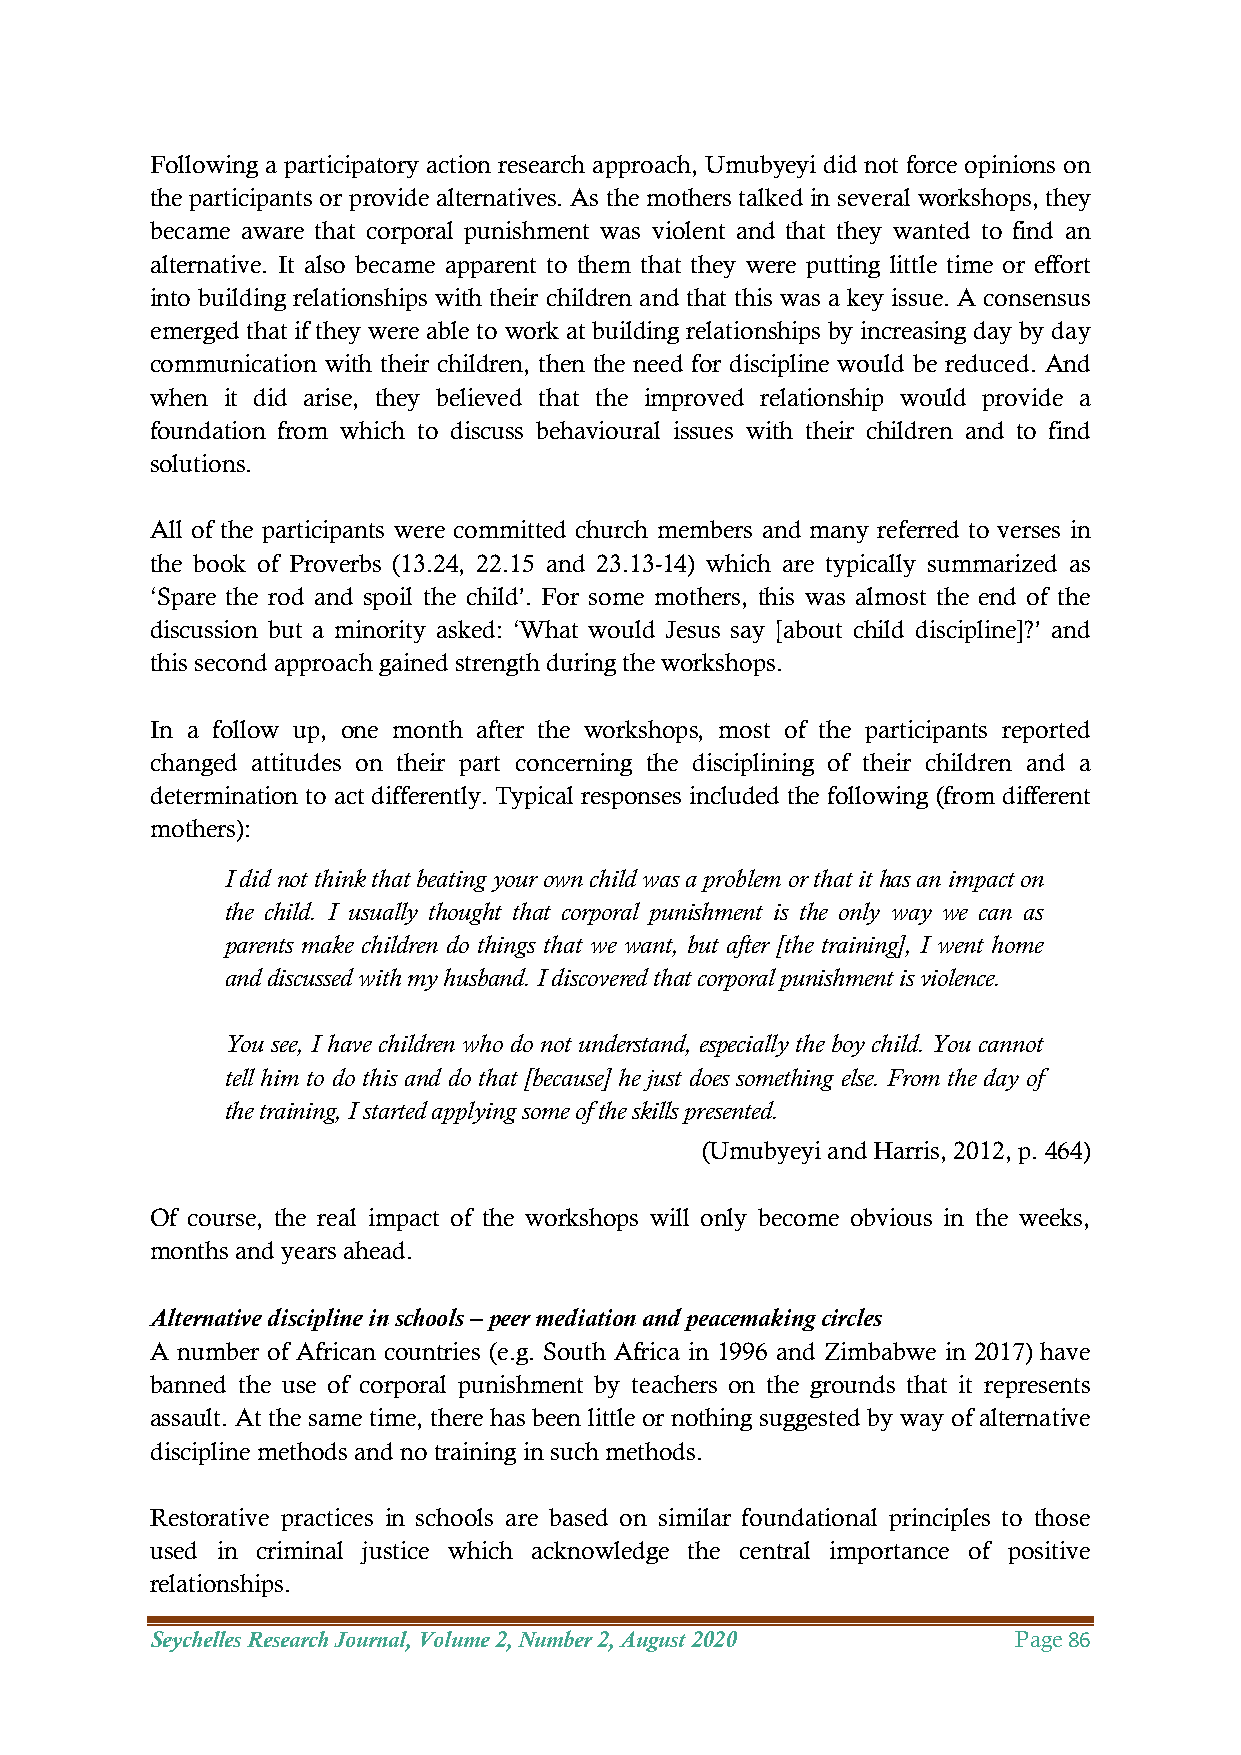
Following a participatory action research approach, Umubyeyi did not force opinions on
 the participants or provide alternatives. As the mothers talked in several workshops, they
 became aware that corporal punishment was violent and that they wanted to find an
 alternative. It also became apparent to them that they were putting little time or effort
 into building relationships with their children and that this was a key issue. A consensus
 emerged that if they were able to work at building relationships by increasing day by day
 communication with their children, then the need for discipline would be reduced. And
 when it did arise, they believed that the improved relationship would provide a
 foundation from which to discuss behavioural issues with their children and to find
 solutions.
 All of the participants were committed church members and many referred to verses in
 the book of Proverbs (13.24, 22.15 and 23.13-14) which are typically summarized as
 ‘Spare the rod and spoil the child’. For some mothers, this was almost the end of the
 discussion but a minority asked: ‘What would Jesus say [about child discipline]?’ and
 this second approach gained strength during the workshops.
 In a follow up, one month after the workshops, most of the participants reported
 changed attitudes on their part concerning the disciplining of their children and a
 determination to act differently. Typical responses included the following (from different
 mothers):
 I did not think that beating your own child was a problem or that it has an impact on
 the child. I usually thought that corporal punishment is the only way we can as
 parents make children do things that we want, but after [the training], I went home
 and discussed with my husband. I discovered that corporal punishment is violence.
 You see, I have children who do not understand, especially the boy child. You cannot
 tell him to do this and do that [because] he just does something else. From the day of
 the training, I started applying some of the skills presented.
 (Umubyeyi and Harris, 2012, p. 464)
 Of course, the real impact of the workshops will only become obvious in the weeks,
 months and years ahead.
 Alternative discipline in schools – peer mediation and peacemaking circles
 A number of African countries (e.g. South Africa in 1996 and Zimbabwe in 2017) have
 banned the use of corporal punishment by teachers on the grounds that it represents
 assault. At the same time, there has been little or nothing suggested by way of alternative
 discipline methods and no training in such methods.
 Restorative practices in schools are based on similar foundational principles to those
 used in criminal justice which acknowledge the central importance of positive
 relationships.
 Seychelles Research Journal, Volume 2, Number 2, August 2020 Page 86